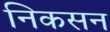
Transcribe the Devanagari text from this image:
निकसन